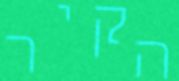
הקיר